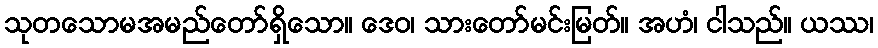
သုတသောမအမည်တော်ရှိသော။ ဒေဝ၊ သားတော်မင်းမြတ်။ အဟံ၊ ငါသည်။ ယဿ၊